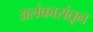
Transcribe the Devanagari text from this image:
अलंकारांतून